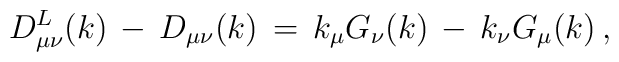
D_{\mu \nu}^{L}(k)\,-\,D_{\mu \nu}(k)\,=\,k_{\mu} G_{\nu}(k)\,-\,k_{\nu}G_{\mu}(k)\,,